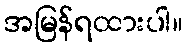
အမြန်ရထားပါ။